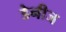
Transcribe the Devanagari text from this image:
डेनीज